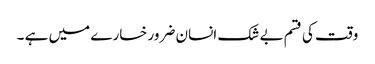
وقت کی قسم بے شک انسان ضرور خسارے میں ہے ۔